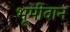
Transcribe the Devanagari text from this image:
भूमीदान